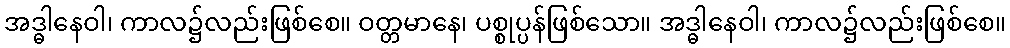
အဒ္ဓါနေဝါ၊ ကာလ၌လည်းဖြစ်စေ။ ဝတ္တမာနေ၊ ပစ္စုပ္ပန်ဖြစ်သော။ အဒ္ဓါနေဝါ၊ ကာလ၌လည်းဖြစ်စေ။